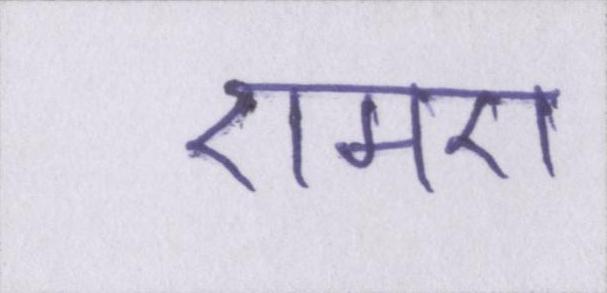
एमए